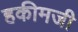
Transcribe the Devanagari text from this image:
हकीमजी